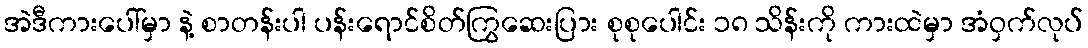
အဲဒီကားပေါ်မှာ နဲ့ စာတန်းပါ ပန်းရောင်စိတ်ကြွဆေးပြား စုစုပေါင်း ၁၈ သိန်းကို ကားထဲမှာ အံဝှက်လုပ်